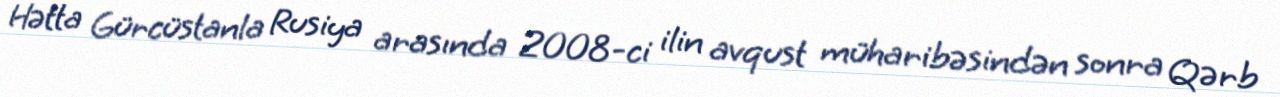
Hətta Gürcüstanla Rusiya arasında 2008-ci ilin avqust müharibəsindən sonra Qərb